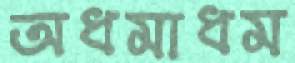
অধমাধম